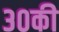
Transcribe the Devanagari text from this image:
३०की